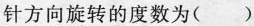
针方向旋转的度数为()